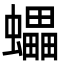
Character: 蠝